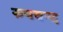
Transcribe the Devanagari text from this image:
रुपचन्द